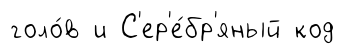
голо́в и С'ер'е́бр'яный код